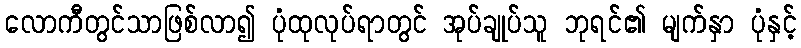
လောကီတွင်သာဖြစ်လာ၍ ပုံထုလုပ်ရာတွင် အုပ်ချုပ်သူ ဘုရင်၏ မျက်နှာ ပုံနှင့်